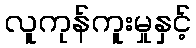
လူကုန်ကူးမှုနှင့်